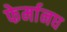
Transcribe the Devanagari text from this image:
फेर्मानघ